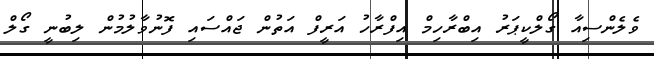
ވެލެންސިއާ ގޯލްކީޕަރު އިބްރާހިމް އިފްރާހު އަރީފް އަތުން ޖައްސައި ފޮނުވާލުމުން ލިބުނީ ގޯލް